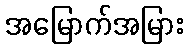
အမြောက်အမြား